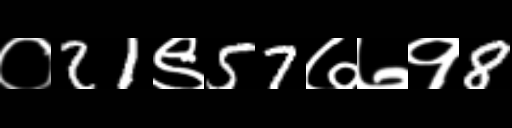
Text: ०21९57७७१8